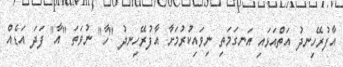
އާފުރޭހިނދު އަތްއަޅައި އަނގަމަތި ނިވައިކުރުމަށާ އާފުރޭހިނދު "ހާ" ނުވަތަ "އާ" ފަދަ އަޑެއް